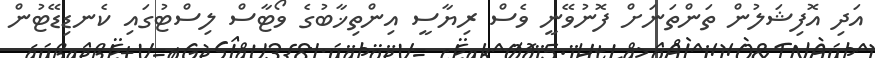
އަދި އޮފިޝަލުން ތަންތަނަށް ފޮނުވޭނީ ވެސް ރިޔާސީ އިންތިޚާބުގެ ވޯޓާސް ލިސްޓުގައި ކެނޑިޑޭޓުން